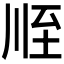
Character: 𦤸